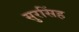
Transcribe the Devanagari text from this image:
सुरसिंह